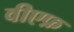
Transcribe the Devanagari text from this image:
वीएफ़